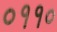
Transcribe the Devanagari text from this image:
०११०